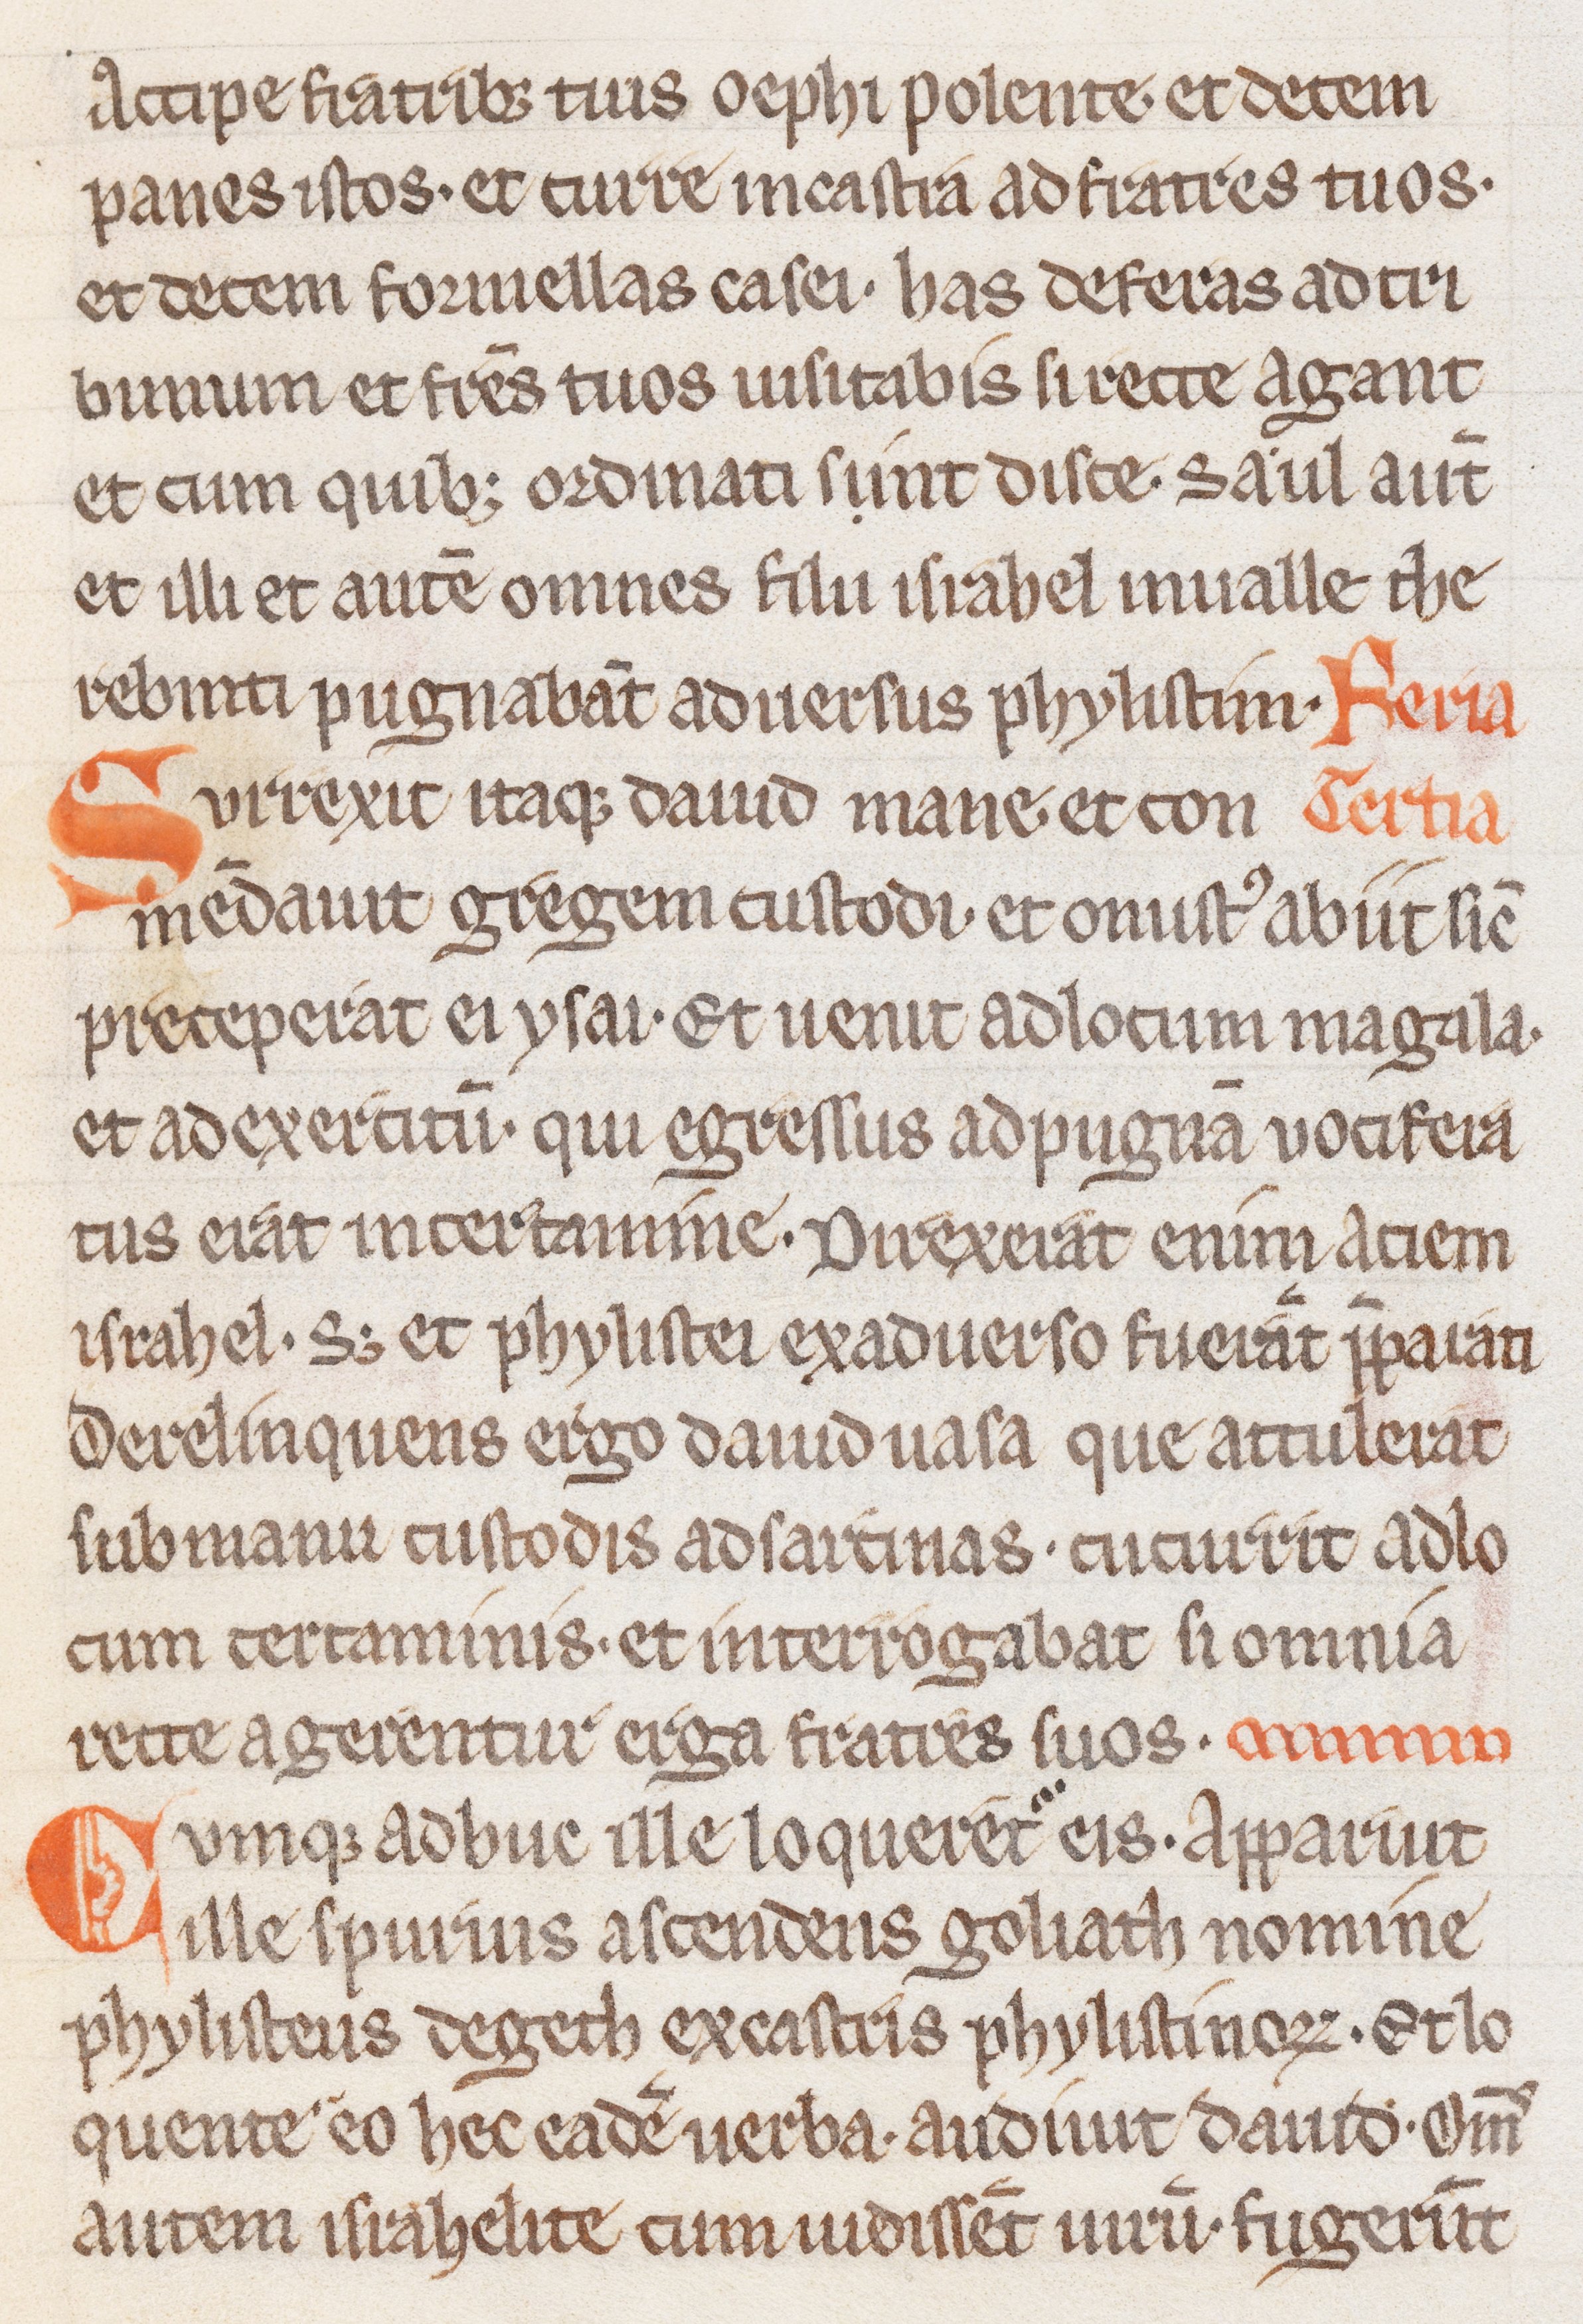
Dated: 1200–1299